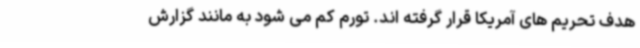
هدف تحریم های آمریکا قرار گرفته اند. تورم کم می شود به مانند گزارش